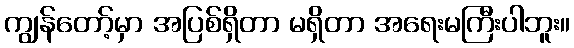
ကျွန်တော့်မှာ အပြစ်ရှိတာ မရှိတာ အရေးမကြီးပါဘူး။